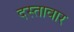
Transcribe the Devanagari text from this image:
दस्तावार